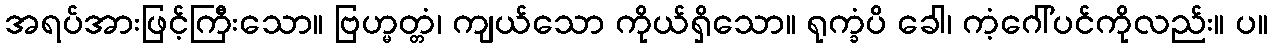
အရပ်အားဖြင့်ကြီးသော။ ဗြဟ္မတ္တံ၊ ကျယ်သော ကိုယ်ရှိသော။ ရုက္ခံပိ ခေါ၊ ကံ့ဂေါ်ပင်ကိုလည်း။ ပ။